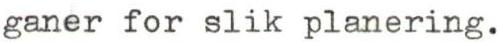
ganer for slik planering.